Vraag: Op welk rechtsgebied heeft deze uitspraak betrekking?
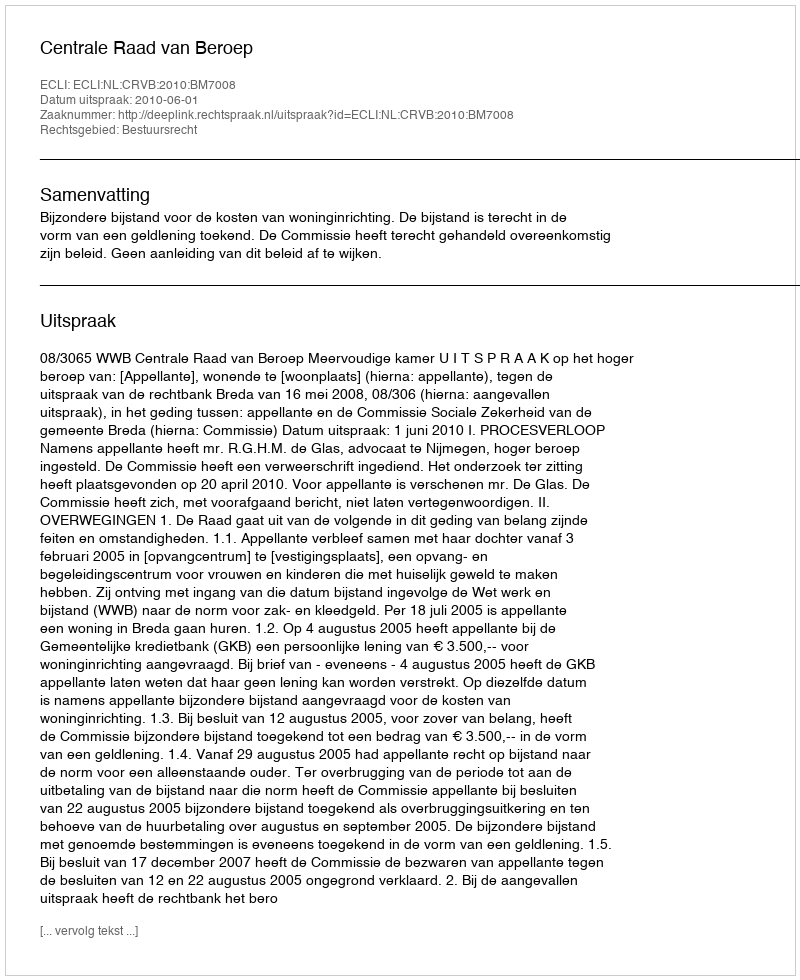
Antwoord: Bestuursrecht